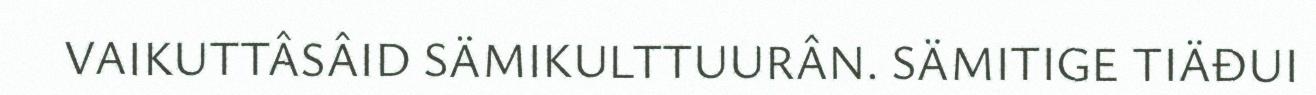
VAIKUTTÂSÂID SÄMIKULTTUURÂN. SÄMITIGE TIÄĐUI